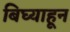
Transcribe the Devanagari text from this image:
बिघ्याहून